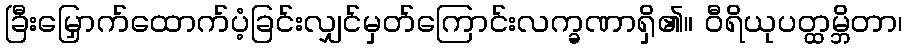
ခြီးမြှောက်ထောက်ပံ့ခြင်းလျှင်မှတ်ကြောင်းလက္ခဏာရှိ၏။ ဝီရိယုပတ္ထမ္ဘိတာ၊